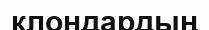
клондардың